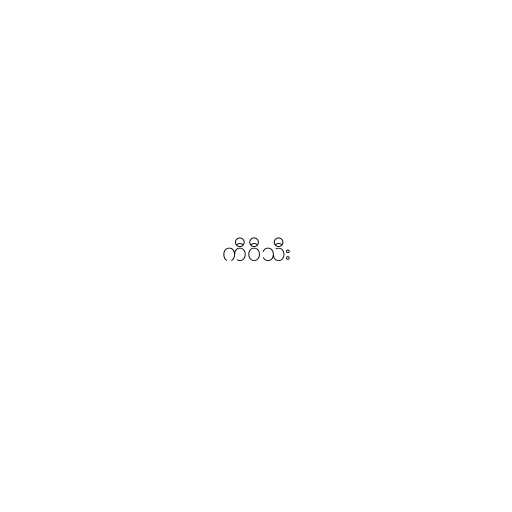
ကီဝီသီး